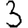
Digit: 3